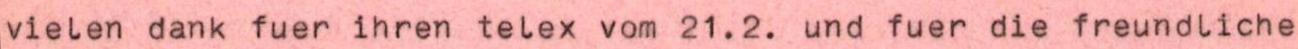
vielen dank fuer ihren telex vom 21.2. und fuer die freundliche